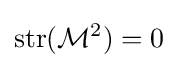
{\text{str}}({\mathcal {M}}^{2})=0